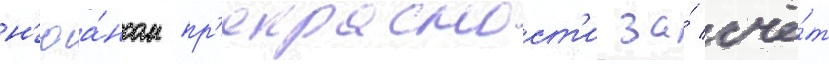
н'юа́нсом пр'екрасност'и за́ счё́т